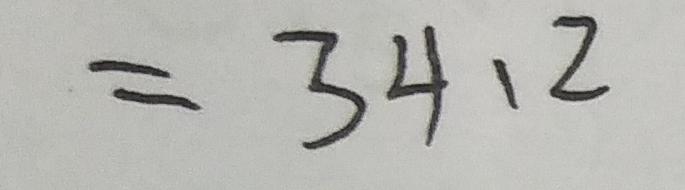
= 3 4 . 2